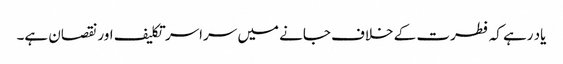
یاد رہے کہ فطرت کے خلاف جانے میں سراسر تکلیف اور نقصان ہے۔